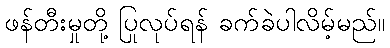
ဖန်တီးမှုတို့ ပြုလုပ်ရန် ခက်ခဲပါလိမ့်မည်။